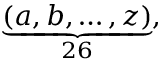
\textstyle \underbrace { ( a , b , \ldots , z ) } _ { 2 6 } ,